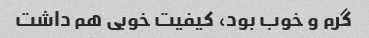
گرم و خوب بود، کیفیت خوبی هم داشت